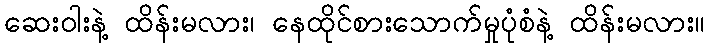
ဆေးဝါးနဲ့ ထိန်းမလား၊ နေထိုင်စားသောက်မှုပုံစံနဲ့ ထိန်းမလား။